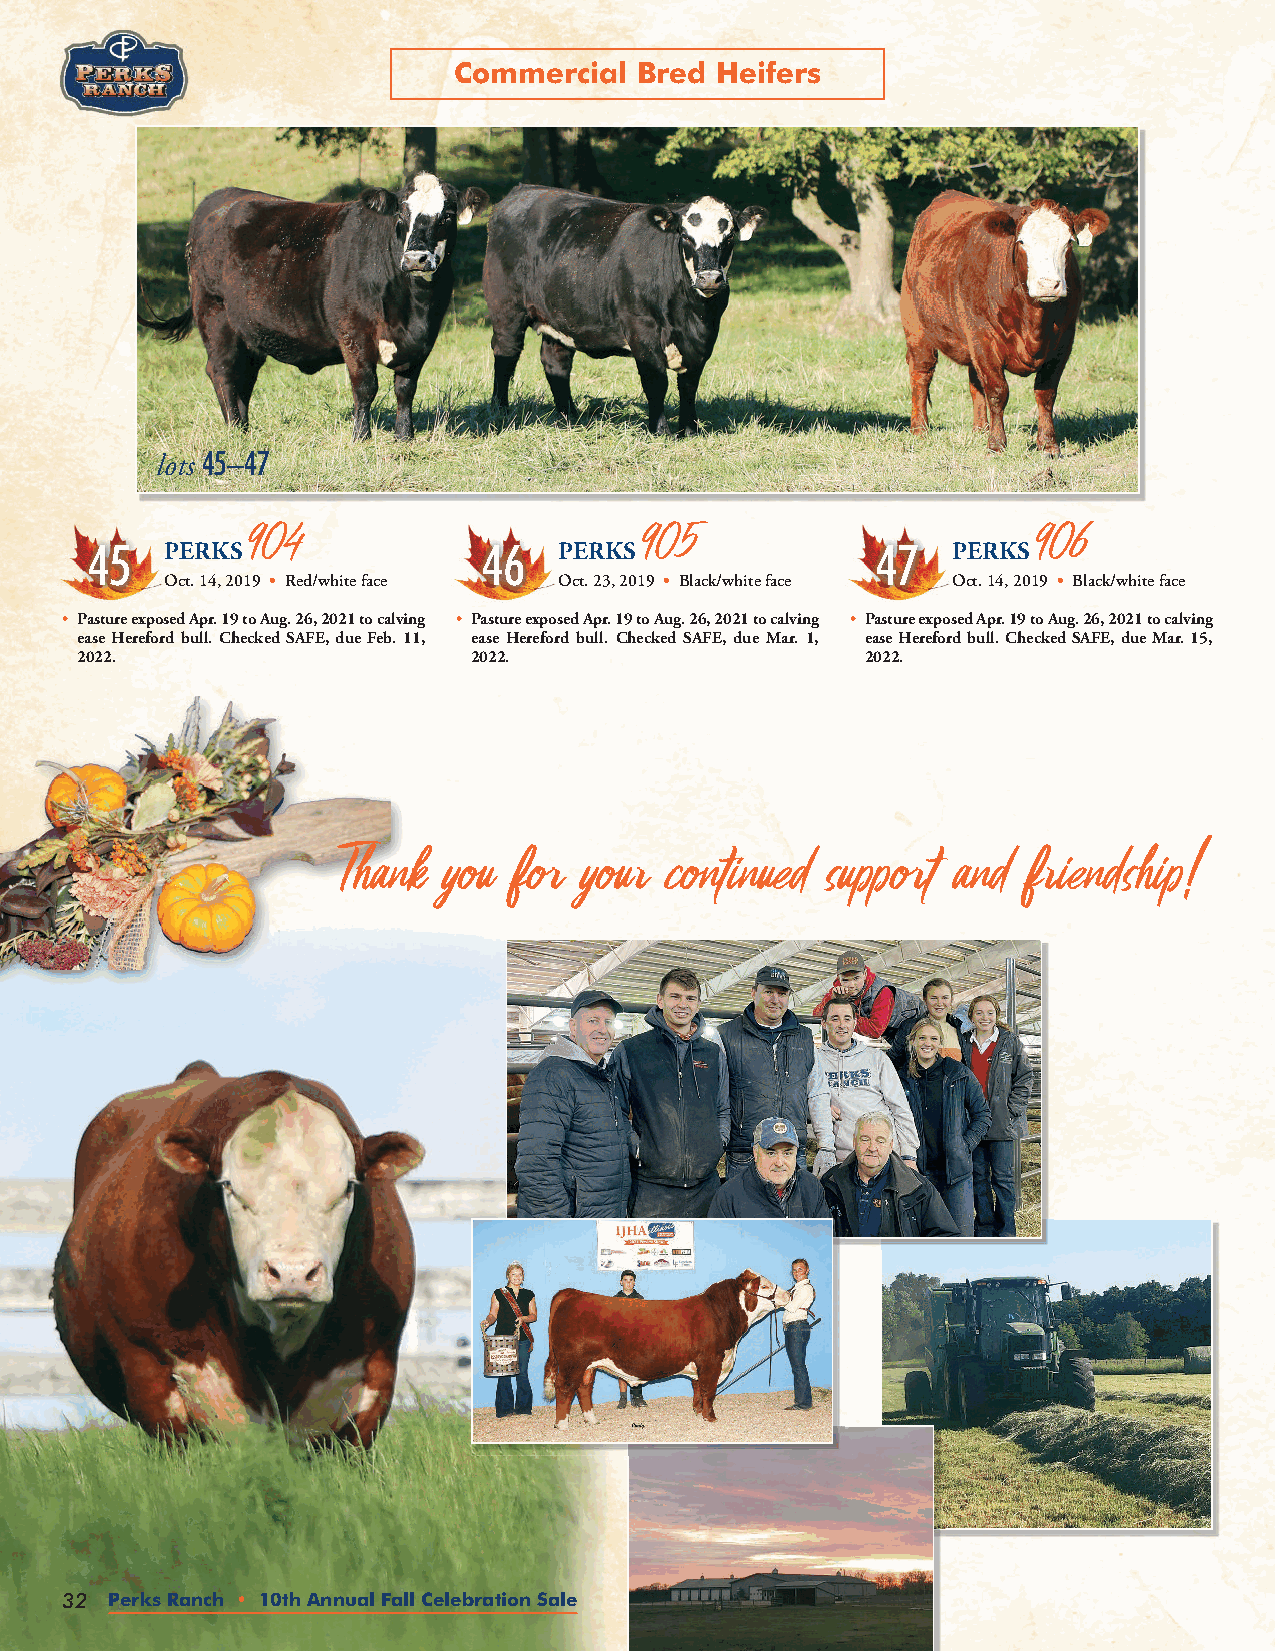
Commercial  Bred Heifers
 lots 45–47
 904                        905                       906
 45   perks                46   perks                47   perks
 oct. 14, 2019 • red/white face oct. 23, 2019 • Black/white face oct. 14, 2019 • Black/white face
 • pasture exposed apr. 19 to aug. 26, 2021 to calving • pasture exposed apr. 19 to aug. 26, 2021 to calving • pasture exposed apr. 19 to aug. 26, 2021 to calving
 ease Hereford bull. checked safe, due feb. 11, ease Hereford bull. checked safe, due mar. 1, ease Hereford bull. checked safe, due mar. 15,
 2022.                     2022.                     2022.
 Thank  you  for your  continued  support and  friendship!
 32 Perks Ranch • 10th Annual Fall Celebration Sale